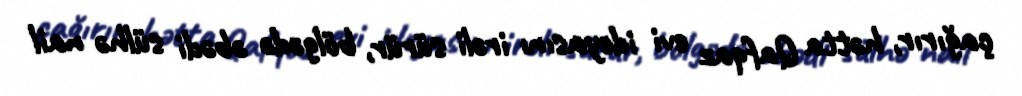
çağırır, hətta Qafqaz evi ideyasını irəli sürür, bölgədə əbədi sülhə nail